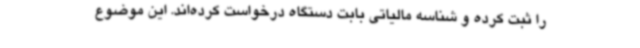
را ثبت کرده و شناسه مالیاتی بابت دستگاه درخواست کرده‌اند. این موضوع